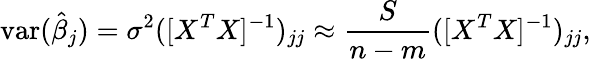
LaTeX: \operatorname{var}({\hat{\beta}}_{j})=\sigma^{2}([X^{T}X]^{-1})_{jj}\approx{\frac{S}{n-m}}([X^{T}X]^{-1})_{jj},